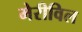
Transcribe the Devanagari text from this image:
मेरीविल